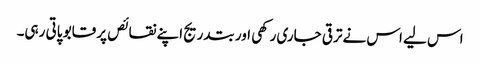
اس لیے اس نے ترقی جاری رکھی اور بتدریج اپنے نقائص پر قابو پاتی رہی۔